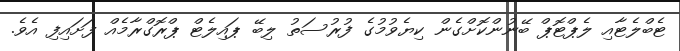
ޓެބްލެޓާއި ލެޕްޓޮޕް ބޭނުންކޮށްގެން ކިޔެވުމުގެ ފުރުސަތު ލިބޭ ޕައިލެޓް ޕްރޮގްރާމެއް ފަށައިފި އެވެ.